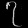
Digit: ၇